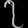
Digit: ၇